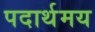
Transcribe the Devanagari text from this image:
पदार्थमय